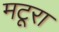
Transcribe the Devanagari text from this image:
मटूरा